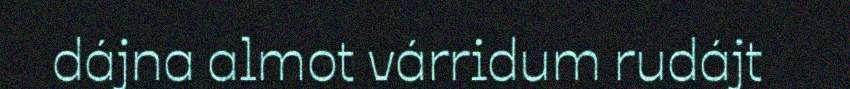
dájna almot várridum rudájt